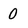
Character: 0